Karksi_vallavalitsus, lk 141
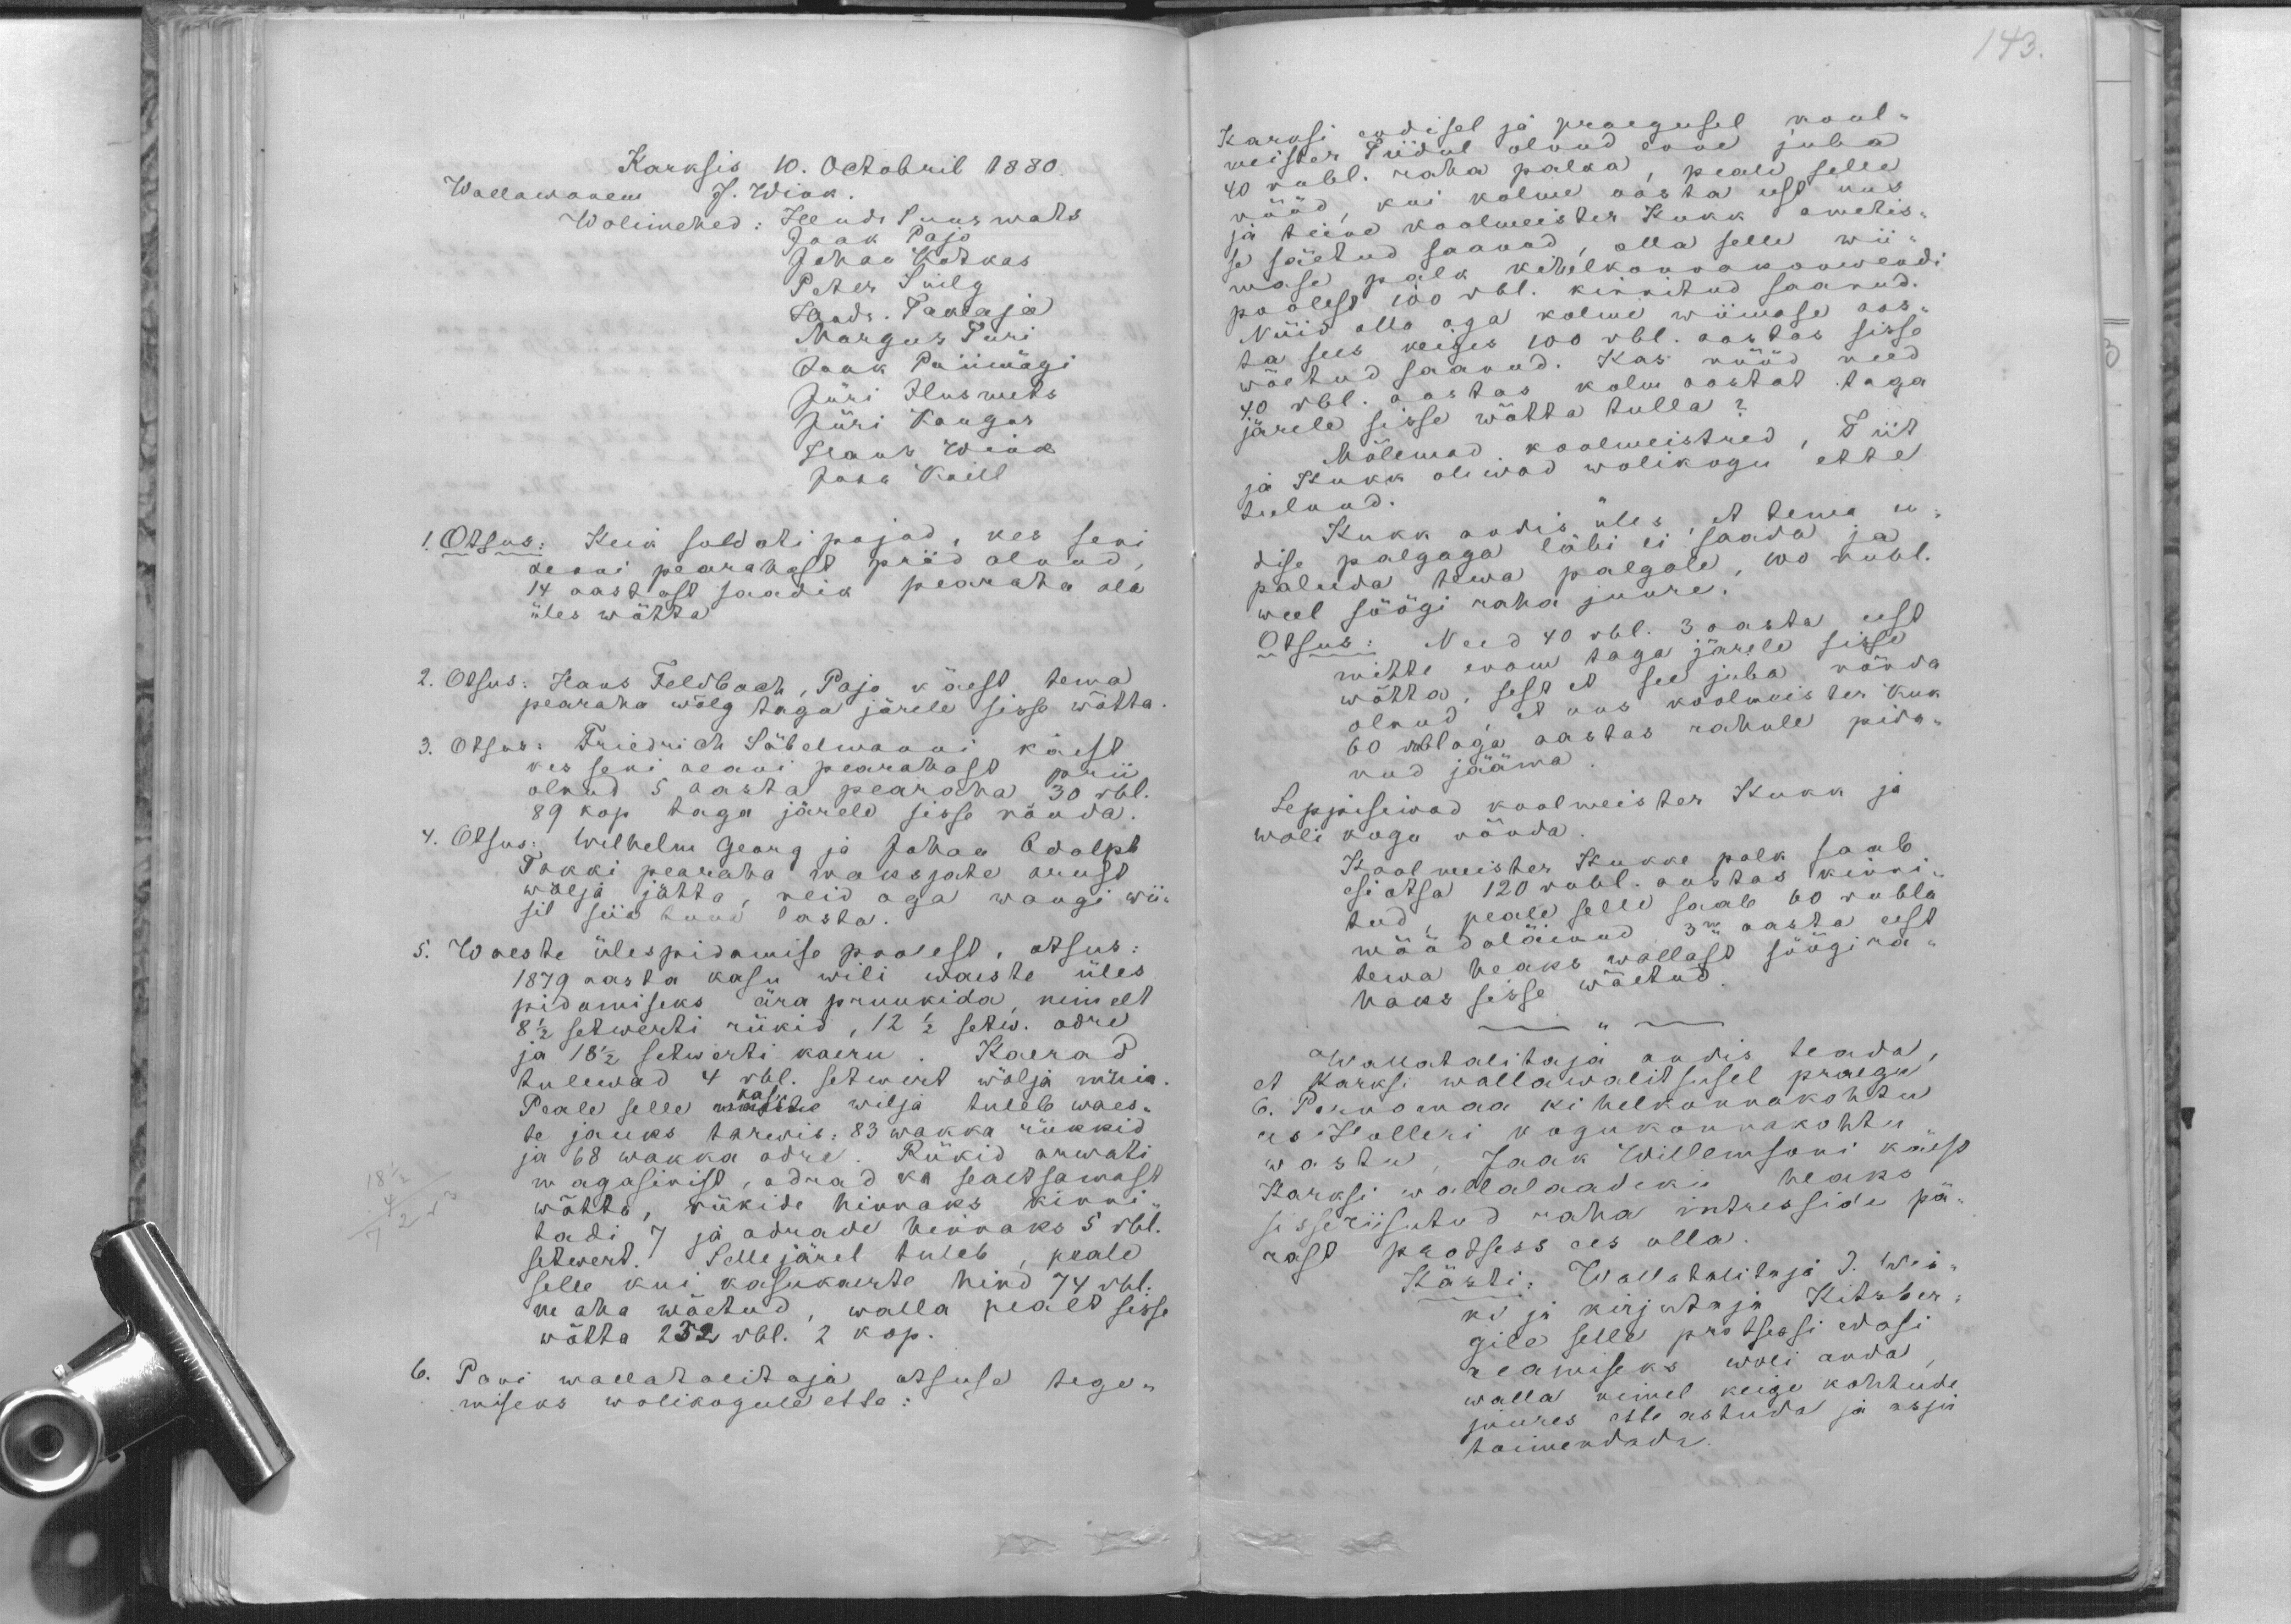
143.

Karksis 10. Octobril 1880.
Wallawanem J. Wink.
Wolimehed: Hendr Suurmats
Jaak Pajo
Johan Kotkas
Peter Suilg
Hendr. Taklaja
Margus Puri
Jaak Priimägi
Jüri Ilusmets
Jüri Kangur
Hans Wink
Jaak Kuill
1. Otsus: Keik soldati pojad, kes seni
aeani pearahast priid olnud
14 aastast saadik pearaha ala
üles wõtta.
2. Otsus: Hans Feldbach, Pajo käest tema
pearaha wõlg taga järele sisse wõtta
3. Otsus: Friedrich Säbelmanni käest
kes seni aeani pearahast prii
olnud 5 aasta pearaha 30 rbl.
89 kop taga järele sisse nõuda.
4. Otsus: Wilhelm Georg ja Johan Adolph
Takki pearaha maksjate auust
wälja jätta, neid aga wangi wii-
sil siia tuua lasta.
5. Waeste ülespidamise poolest, otsus:
1879 aasta kasu wili waeste üles
pidamiseks ära pruukida, nimelt
8 1/2 setwerti rükid, 12 1/2 setw. odre
ja 18 1/2 setwerti kaeru. Kaerad
tulewad 4 rbl. setwert wälja müia.
kasu
Peale selle wäkste wilja tuleb waes-
te jauks tarwis: 83 wakka rükkid
ja 68 wakka odre. Rükid arwati
magasinist, odrad ka sealt samast
wõtta, rükide hinnaks kinni-
tadi 7 ja odrade hinnaks 5 rbl.
setwert. Selle järel tuleb, peale
selle kui kasukaerte hind 74 rbl.
maha wõetud, walla pealt sisse
wõtta 232 rbl. 2 kop.
6. Pani wallatalitaja otsuse tege-
miseks wolikogule ette:

Karksi endisel ja praegusel kool-
meister Tiidul olnud enne juba
40 rubl. raha palka, peale selle
rüüd, kui kolme aasta eest uus
ja teine koolmeister Kukk ametis-
se säetud saavad, olla selle wii-
mase palk kihelkonnakonwendi
poolest 100 rbl. kinnitud saanud.
Nüid olla aga kolme wiimase aas
ta sees keiges 100 rbl. aastas sisse
wõetud saanud. Kas nüüd need
40 rbl. aastas kolm aastat taga
järele sisse wõtta tulla?
Mõlemad koolmeistred, Tiit
ja Kukk oliwad wolikogu ette
tulnud.
Kukk andis üles, et tema en-
dise palgaga läbi ei saada ja
paluda tema palgale, 100 rubl.
weel söögi raha juure.
Otsus: Need 40 rbl. 3 aasta eest
mitte enam taga järele sisse
wõtta, sest et see juba nõnda
olnud et uus koolmeister Kuk
60 rublaga aastas rahule pida-
nud jääma
Leppisiwad koolmeister Kukk ja
woli kogu nõnda
Koolmeister Kukke palk saab
esi otsa 120 rubl. aastas kinni-
tud, peale selle saab 60 rubla
möödaläinud, 3ne aasta eest
tema heaks wallast söögi ra
haks sisse wõetud.
Wallatalitaja andis teada
et Karksi wallawalitsusel praegu
6. Pernomaa kihelkonnakohtu
ees Holleri kogukonnakohtu
wastu, Jaak Willemsoni käest
Karksi wallalaadiku heaks
sisseriisutud raha intresside pä-
rast protsess ees olla.
Kästi: Wallatalitaja J. Win-
ki ja kirjutaja Kitzber
gile selle protsessi edasi
aeamiseks woli anda
walla nimel keige kohtude
juures ette astuda ja asju
toimendada.